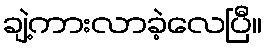
ချဲ့ကားလာခဲ့လေပြီ။